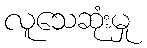
လူသေဆုံးမှု